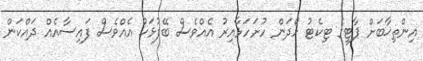
އިންތިޚާބަށް ޕާޓީގެ ޓިކެޓު ހޯދަން ހުށަހަޅާއިރު އެއްވެސް ބޭފުޅަކު އެއްވެސް ފައިސާއެއް ދައްކަން